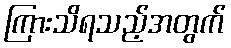
ကြားသိရသည့်အတွက်